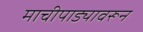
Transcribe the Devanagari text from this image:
माचीपाड्यावरून